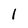
Character: l